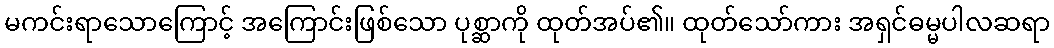
မကင်းရာသောကြောင့် အကြောင်းဖြစ်သော ပုစ္ဆာကို ထုတ်အပ်၏။ ထုတ်သော်ကား အရှင်ဓမ္မပါလဆရာ